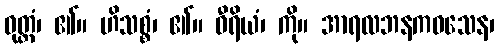
ဝုတ္တံ၊ ၏။ ဟိသစ္စံ၊ ၏။ ဝီရိယံ၊ ကို။ အာရလဘနကဝသေန၊